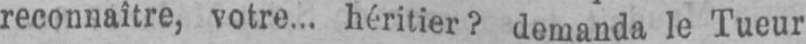
reconnaître, votre... héritier? demanda le Tueur